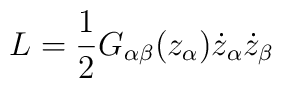
L = \frac{1}{2} G_{\alpha\beta}(z_\alpha)  \dot{z}_\alpha\dot{z}_\beta